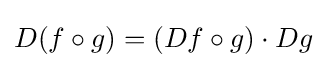
D(f\circ g)=(Df\circ g)\cdot Dg